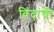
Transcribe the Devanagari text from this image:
विंदांची